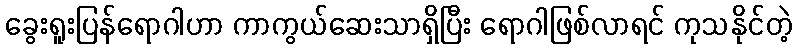
ခွေးရူးပြန်ရောဂါဟာ ကာကွယ်ဆေးသာရှိပြီး ရောဂါဖြစ်လာရင် ကုသနိုင်တဲ့